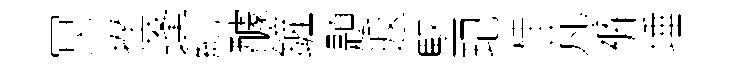
冥挫蓬糺醵鏟題返堅玘桂芃裤埵